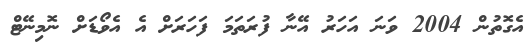
އެގޮތުން 2004 ވަނަ އަހަރު އޭނާ ފުރަތަމަ ފަހަރަށް އެ އެވޯޑަށް ނޮމިނޭޓް